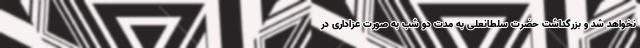
نخواهد شد و بزرگداشت حضرت سلطانعلی به مدت دو شب به صورت عزاداری در